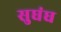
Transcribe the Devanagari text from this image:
सुघंध